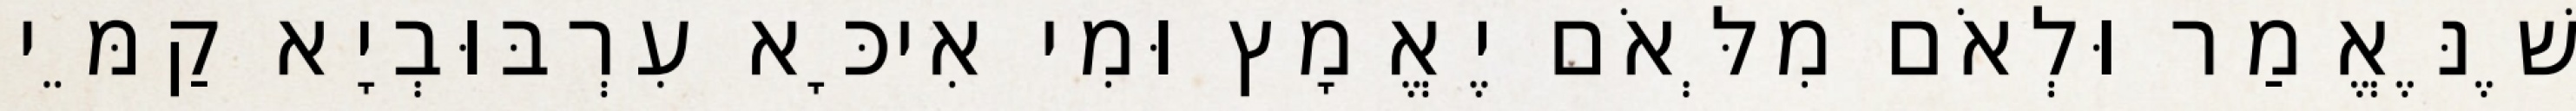
שֶׁנֶּאֱמַר וּלְאֹם מִלְּאֹם יֶאֱמָץ וּמִי אִיכָּא עִרְבּוּבְיָא קַמֵּי